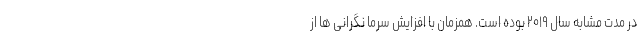
در مدت مشابه سال ۲۰۱۹ بوده است. همزمان با افزایش سرما نگرانی ها از